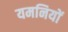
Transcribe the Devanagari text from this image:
यमनियों